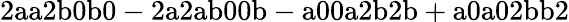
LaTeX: \mathrm{2aa2b0b0-2a2ab00b-a00a2b2b+a0a02bb2}